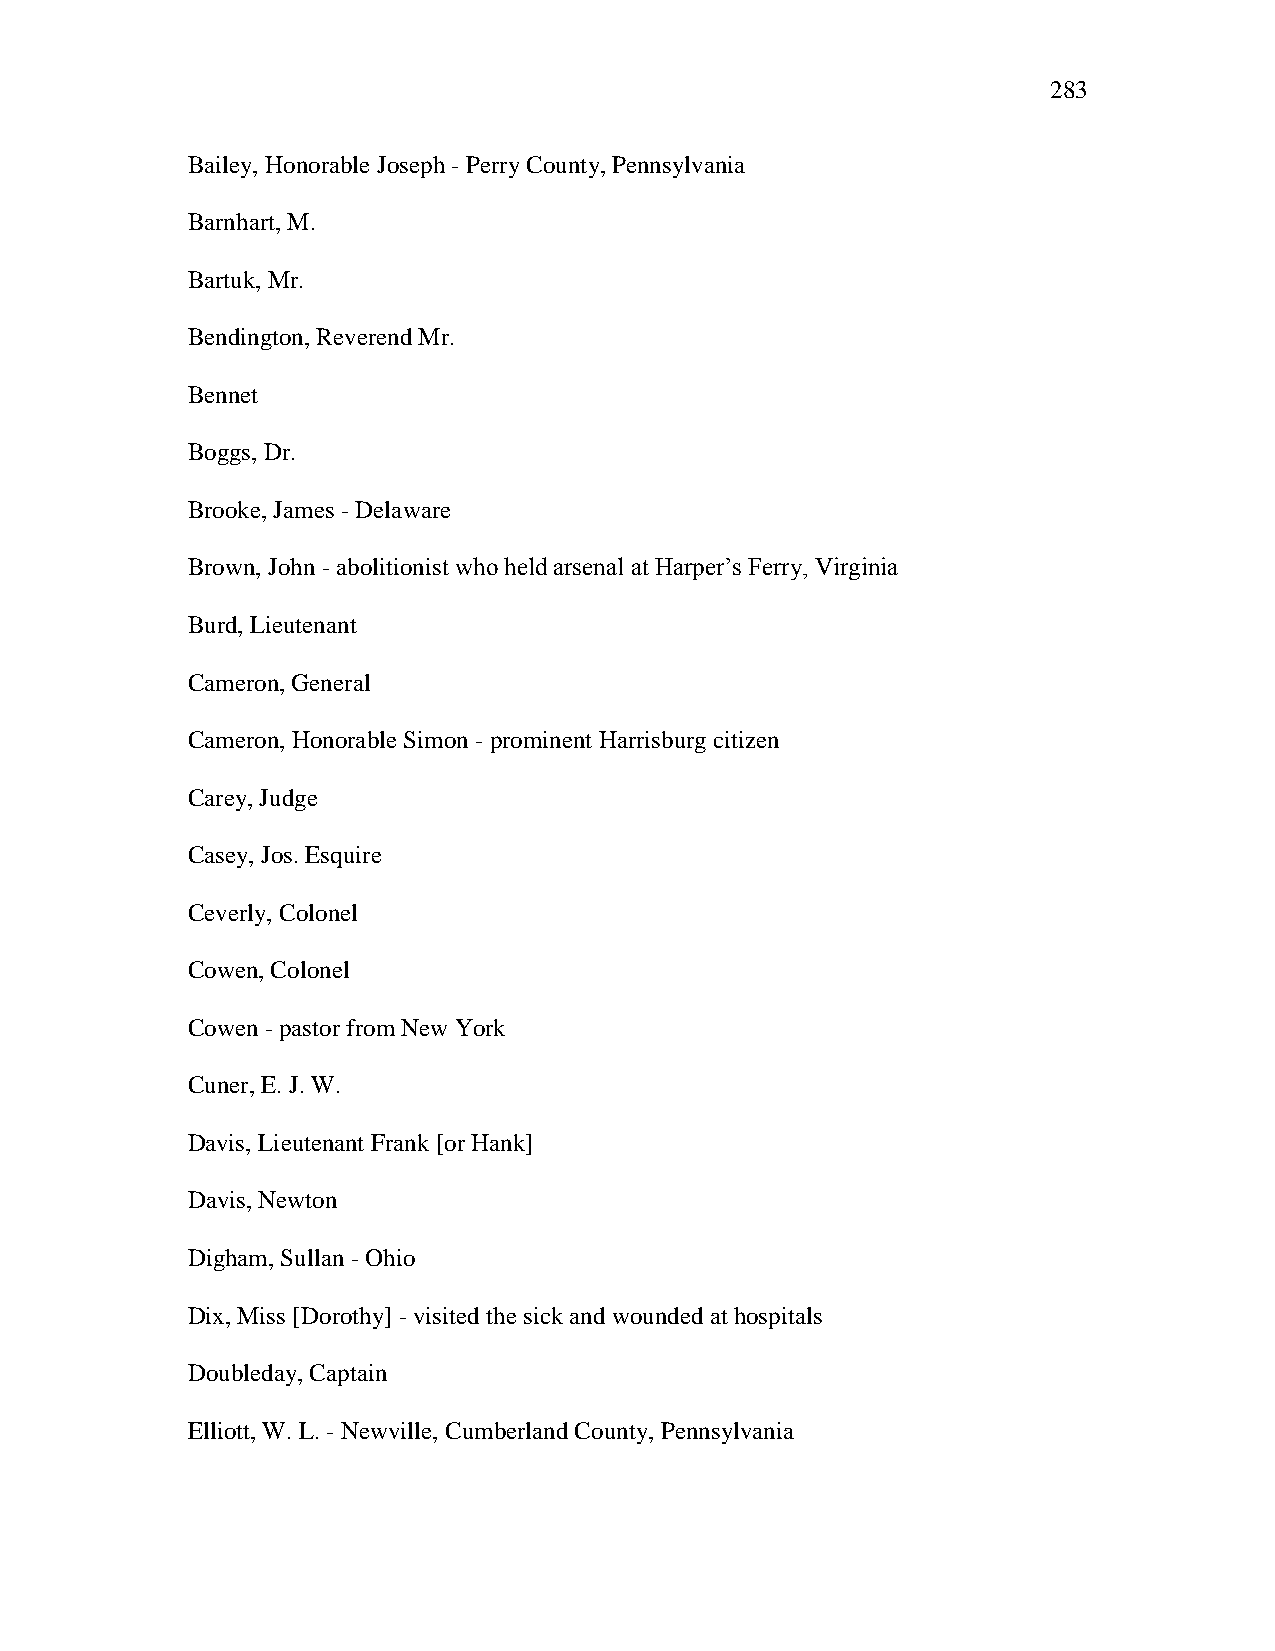
283
 Bailey, Honorable Joseph - Perry County, Pennsylvania
 Barnhart, M.
 Bartuk, Mr.
 Bendington, Reverend Mr.
 Bennet
 Boggs, Dr.
 Brooke, James - Delaware
 Brown, John - abolitionist who held arsenal at Harper‘s Ferry, Virginia
 Burd, Lieutenant
 Cameron, General
 Cameron, Honorable Simon - prominent Harrisburg citizen
 Carey, Judge
 Casey, Jos. Esquire
 Ceverly, Colonel
 Cowen, Colonel
 Cowen - pastor from New York
 Cuner, E. J. W.
 Davis, Lieutenant Frank [or Hank]
 Davis, Newton
 Digham, Sullan - Ohio
 Dix, Miss [Dorothy] - visited the sick and wounded at hospitals
 Doubleday, Captain
 Elliott, W. L. - Newville, Cumberland County, Pennsylvania